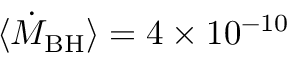
\langle \dot { M } _ { \mathrm { B H } } \rangle = 4 \times 1 0 ^ { - 1 0 }